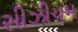
સીઝીયમ